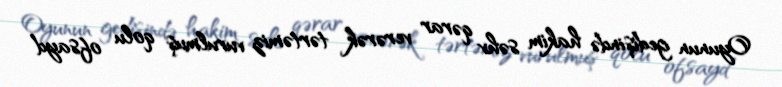
Oyunun gedişində hakim səhv qərar verərək tərtəmiz vurulmuş qolu ofsayd